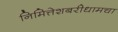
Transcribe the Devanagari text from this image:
निमित्तेशबरीधामचा